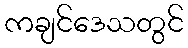
ကချင်ဒေသတွင်